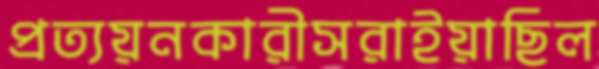
প্রত্যয়নকারীসরাইয়াছিল